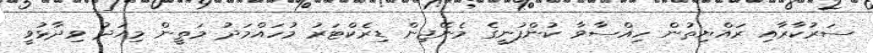
ސަރުކާރާއި ރައްޔިތުން ހިއްސާވާ ކުންފުނީގެ މެނޭޖިން ޑިރެކްޓަރު މުހައްމަދު މަތީން މިއަދު ވިދާޅުވީ